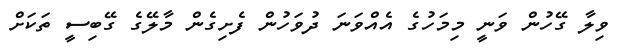
ވިލާ ގޭހުން ވަނީ މިމަހުގެ އެއްވަނަ ދުވަހުން ފެށިގެން މާލޭގެ ގޭބިސީ ތަކަށް